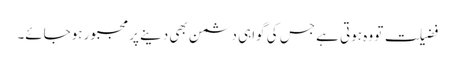
فضیلت تو وہ ہوتی ہے جس کی گواہی دشمن بھی دینے پر مجبور ہوجائے۔